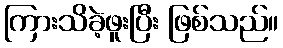
ကြားသိခဲ့ဖူးပြီး ဖြစ်သည်။